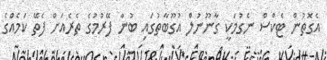
އެގޮތުން ޓެކްސް ނެގުމަކީ ގާނޫނުލް އުގޫބާތުގައި ބުނާ ފޭރުމުގެ ތެރެއަށް ފެތޭ ކަމެއްގެ